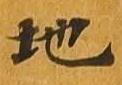
地